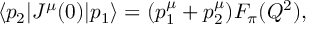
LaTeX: \langle p _ { 2 } | J ^ { \mu } ( 0 ) | p _ { 1 } \rangle = ( p _ { 1 } ^ { \mu } + p _ { 2 } ^ { \mu } ) F _ { \pi } ( Q ^ { 2 } ) ,